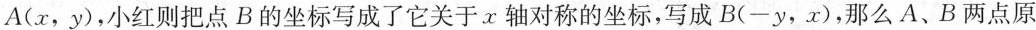
A(x，y)，小红则把点B的坐标写成了它关于x轴对称的坐标，写成B(-y，x)，那么A、B两点原